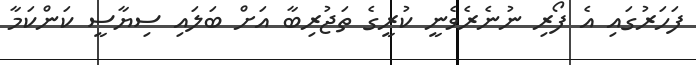
ފަހަރުގައި އެ ފޯރި ނުނެރެވެނީ ކުރީގެ ތަޖުރިބާ އަށް ބަލައި ސިޔާސީ ކަންކަމާ